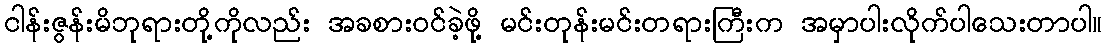
ငါန်းဇွန်းမိဘုရားတို့ကိုလည်း အခစားဝင်ခဲ့ဖို့ မင်းတုန်းမင်းတရားကြီးက အမှာပါးလိုက်ပါသေးတာပါ။